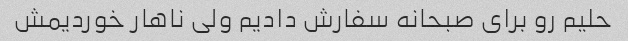
حلیم رو برای صبحانه سفارش دادیم ولی ناهار خوردیمش